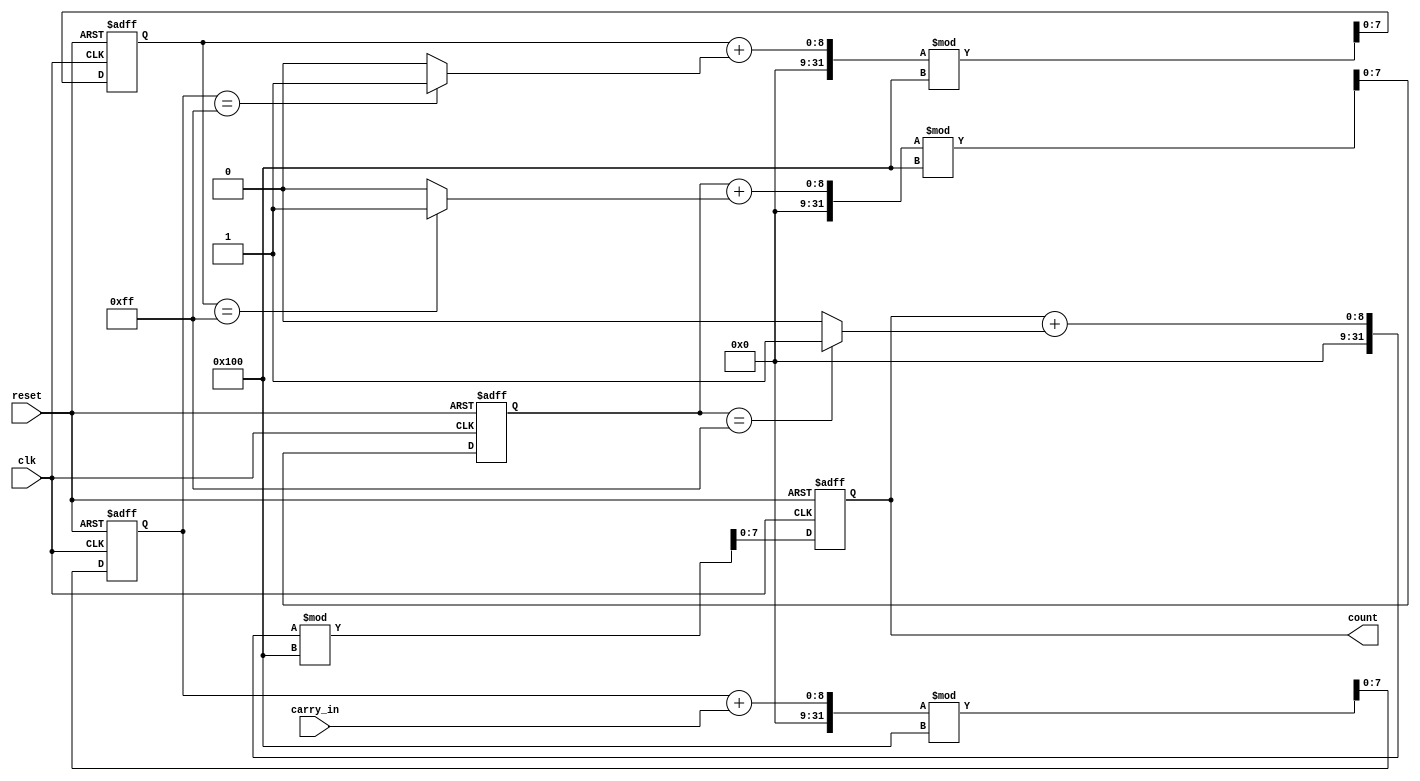
module cascaded_counter(
    input clk,
    input reset,
    input carry_in,
    output reg [7:0] count
);

reg [7:0] count1, count2, count3, count4;

always @(posedge clk or posedge reset) begin
    if (reset) begin
        count1 <= 8'b0;
        count2 <= 8'b0;
        count3 <= 8'b0;
        count4 <= 8'b0;
    end else begin
        count1 <= (count1 + carry_in) % 256;
        count2 <= (count2 + (count1 == 255 ? 1 : 0)) % 256;
        count3 <= (count3 + (count2 == 255 ? 1 : 0)) % 256;
        count4 <= (count4 + (count3 == 255 ? 1 : 0)) % 256;
    end
end

assign count = count4;

endmodule